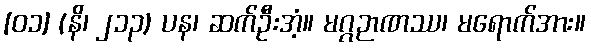
[၀၁] (နိ၊ ၂၁၃) ပန၊ ဆက်ဦးအံ့။ မဂ္ဂဉာဏဿ၊ မရောက်အား။